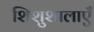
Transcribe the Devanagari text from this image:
शिशुशालाएँ